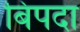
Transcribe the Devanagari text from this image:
बिपदा